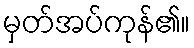
မှတ်အပ်ကုန်၏။